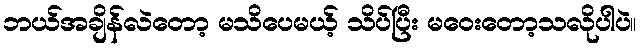
ဘယ်အချိန်လဲတော့ မသိပေမယ့် သိပ်ပြီး မဝေးတော့သလိုပါပဲ။